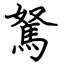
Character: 駑